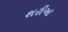
શરીઆ